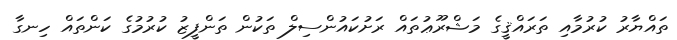
ތައްޔާރު ކުރުމާއި ތަރައްޤީގެ މަޝްރޫޢުތައް ރަށުކައުންސިލް ތަކުން ތަންފީޒު ކުރުމުގެ ކަންތައް ހިނގާ